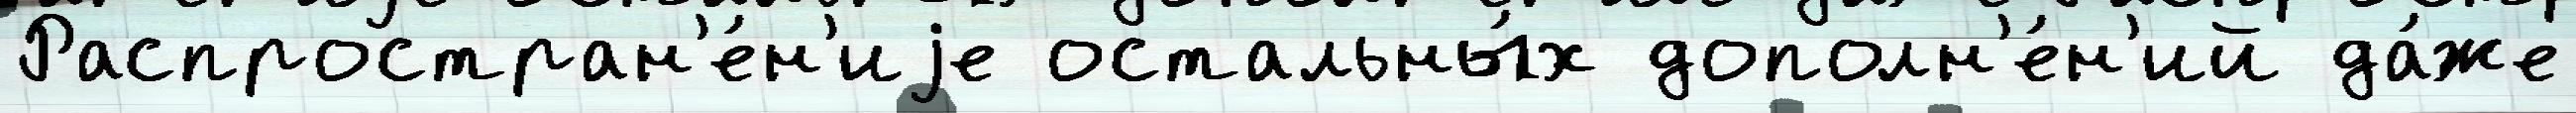
Распростран'е́н'иjе остальны́х дополн'е́н'ий да́же